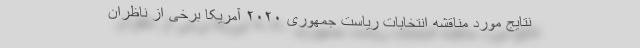
نتایج مورد مناقشه انتخابات ریاست جمهوری ۲۰۲۰ آمریکا برخی از ناظران